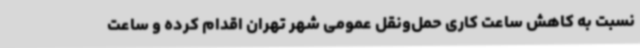
نسبت به کاهش ساعت کاری حمل‌ونقل عمومی شهر تهران اقدام کرده و ساعت